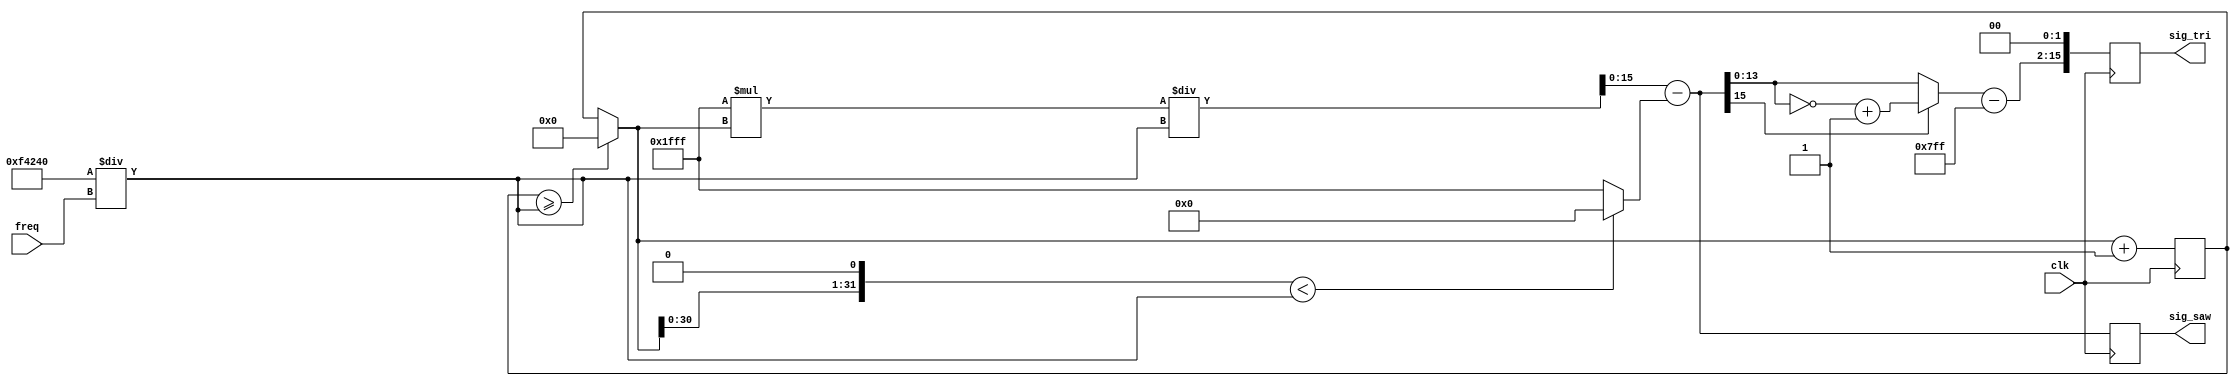
`timescale 1ns / 1ps

// Module for generating sawtooth and triangle waves
module osc_tri_saw(freq, clk, sig_saw, sig_tri);
    input [11:0] freq;
    input clk;  // 1MHz clock
    output [15:0] sig_saw;
    output [15:0] sig_tri;
    
    reg [15:0] sig_saw;
    reg [15:0] sig_tri;
    
    reg [15:0] sig_temp;
    reg [31:0] cycleCount;  // Time in clock cycles
    reg [31:0] sigPeriod;
    reg [15:0] amplitude;
    reg [15:0] X;
    reg [35:0] AmulC;
    
    initial begin
        sig_saw <= 16'b0000000000000000;
        sig_tri <= 16'b0000000000000000;
        
        sig_temp <= 16'b0000000000000000;
        cycleCount <= 0;
        sigPeriod <= 1000000 / 440;
        amplitude <= 16'b0001111111111111;
    end
    
    // Sawtooth wave equation:
    // sig_saw = ((amplitude * cycleCount) / sigPeriod) - X
    // where X = 0 if the cycleCount is less than half the
    // period and X = amplitude otherwise
    
    // Triangle wave can then be obtained by taking the
    // absolute value of the sawtooth wave, shifting it down by a
    // quarter of the original amplitude, and scaling it by some
    // factor.
    
    always @(posedge clk)
    begin
        // Reset the cycle count after every period
        if (cycleCount >= sigPeriod) begin
            cycleCount = 0;
        end
        
        if ((cycleCount << 1) < sigPeriod) begin
            X = 0;
        end
        else begin
            X = amplitude;
        end
        
        // Multiply the amplitude and cycle count into a larger
        // temporary register
        AmulC = amplitude * cycleCount;
        sig_temp = (AmulC / sigPeriod) - X;
        // Set the sawtooth wave signal
        sig_saw = sig_temp;
        
        // Convert sawtooth wave into triangle wave
        if (sig_temp[15] == 1) begin
            sig_temp = ~sig_temp + 1;
        end
        sig_temp = sig_temp - (amplitude >> 2);
        // Set the triangle wave signal
        sig_tri = sig_temp << 2;
        
        cycleCount = cycleCount + 1;
    end
    
    // Recalculate the period whenever the user changes the frequency to play
    always @(freq)
    begin
        sigPeriod <= 1000000 / freq;
    end
    
endmodule